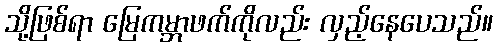
သို့ဖြစ်ရာ မြေကမ္ဘာဖက်ကိုလည်း လှည့်နေပေသည်။